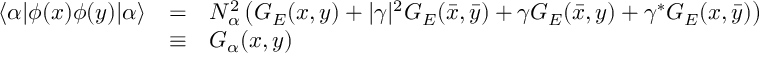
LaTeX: \begin{array} { l l l } { { \langle \alpha | \phi ( x ) \phi ( y ) | \alpha \rangle } } & { { = } } & { { N _ { \alpha } ^ { 2 } \left( G _ { E } ( x , y ) + | \gamma | ^ { 2 } G _ { E } ( \bar { x } , \bar { y } ) + \gamma G _ { E } ( \bar { x } , y ) + \gamma ^ { * } G _ { E } ( x , \bar { y } ) \right) } } \\ { { } } & { { \equiv } } & { { G _ { \alpha } ( x , y ) } } \end{array}